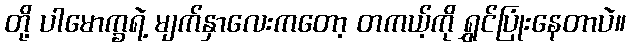
တို့ ပါမောက္ခရဲ့ မျက်နှာလေးကတော့ တကယ့်ကို ရွှင်ပြုံးနေတာပဲ။